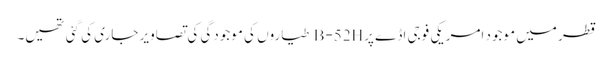
قطر میں موجود امریکی فوجی اڈے پرB-52H طیاروں کی موجودگی کی تصاویر جاری کی گئی تھیں۔